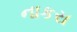
નાકરા